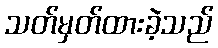
သတ်မှတ်ထားခဲ့သည်